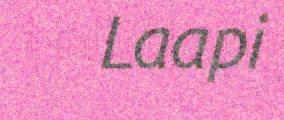
Laapi